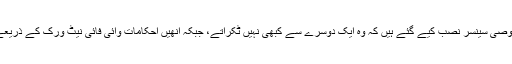
ان میں ایسے خصوصی سینسر نصب کیے گئے ہیں کہ وہ ایک دوسرے سے کبھی نہیں ٹکراتے، جبکہ انھیں احکامات وائی فائی نیٹ ورک کے ذریعے دیے جاتے ہیں۔